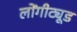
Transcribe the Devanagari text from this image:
लोंगीट्यूड